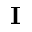
\mathbf { I }